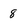
Character: 8